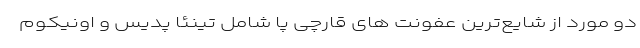
دو مورد از شایع‌ترین عفونت های قارچی پا شامل تینئا پدیس و اونیکوم